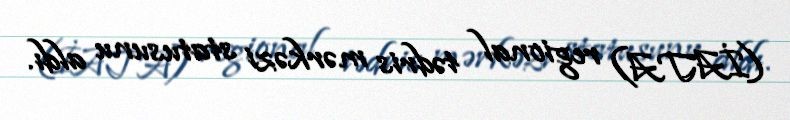
(İATA) regional tədris mərkəzi statusunu aldı.